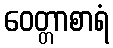
ဝေတ္တာစာရံ